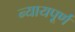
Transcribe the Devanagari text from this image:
न्‍यायपूर्ण